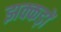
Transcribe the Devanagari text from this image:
झक्कड़ों